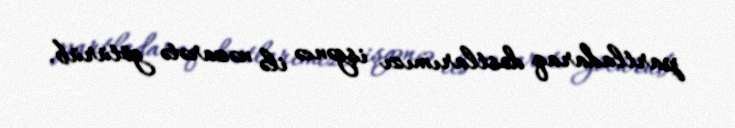
partladaraq dostlarımızı işgəncə ilə nəzarətə götürüb.